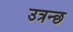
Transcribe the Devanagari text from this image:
उत्रन्छ